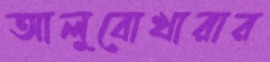
আলুবোখারার